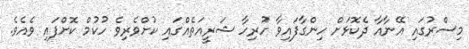
މިސްރުގައި އޭނާއާ ދެކޮޅަށް ހިންގާފައިވާ ހުރިހާ ޝަރީއަތެއްގައި ކުށްވެރިވެ ހުކުމް ކޮށްފައި ވެއެވެ.